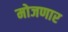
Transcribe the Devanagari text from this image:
मोजणार